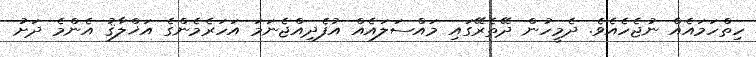
ހިތްހަމައެއް ނުޖެހެއެވެ. ދެމީހުން ދޭތެރޭގައި މައްސަލައެއް އުފެދިއްޖެނަމަ އަހަރެމެންގެ އަޚްލާޤު އެންމެ ދަށު